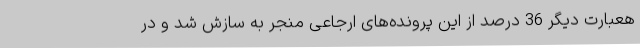
هعبارت دیگر 36 درصد از این پرونده‌های ارجاعی منجر به سازش شد و در